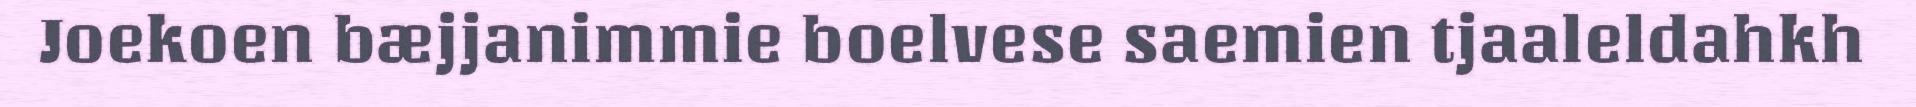
Joekoen bæjjanimmie boelvese saemien tjaaleldahkh